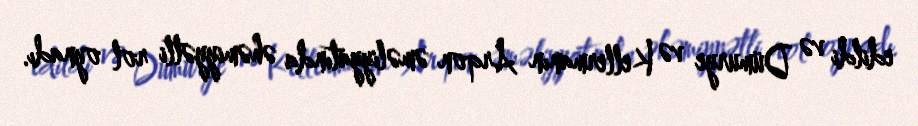
edildi və Dümurye və Kellermanın Arqon əməliyyatında əhəmiyyətli rol oynadı.